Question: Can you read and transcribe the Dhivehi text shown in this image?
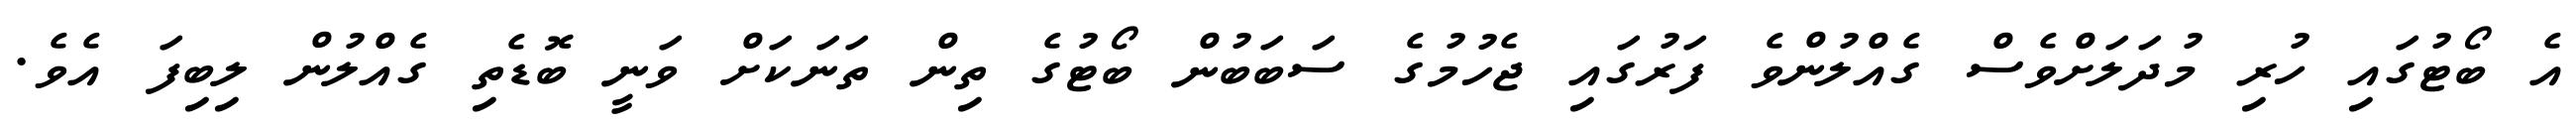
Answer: އެ ބޯޓުގައި ހުރި މުދަލަށްވެސް ގެއްލުންވެ ފަރުގައި ޖެހުމުގެ ސަބަބުން ބޯޓުގެ ތިން ތަނަކަށް ވަނީ ބޮޑެތި ގެއްލުން ލިބިފަ އެވެ.